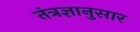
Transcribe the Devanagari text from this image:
तंत्रज्ञानुसार